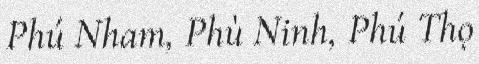
Phú Nham, Phù Ninh, Phú Thọ